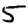
Digit: 5